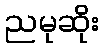
ညမုဆိုး